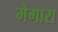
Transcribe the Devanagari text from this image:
मेगारा